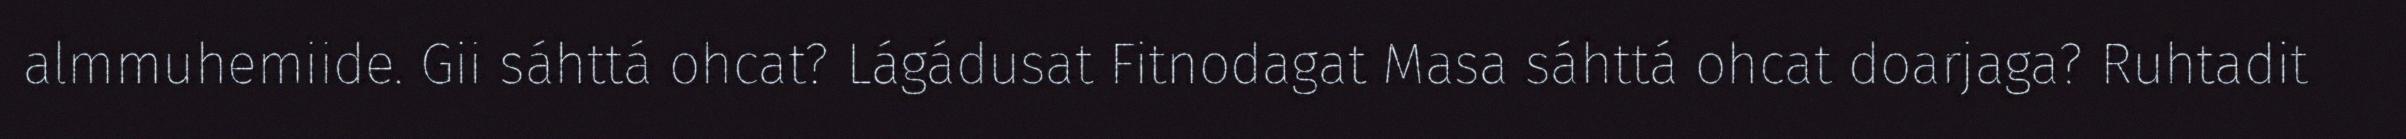
almmuhemiide. Gii sáhttá ohcat? Lágádusat Fitnodagat Masa sáhttá ohcat doarjaga? Ruhtadit